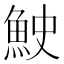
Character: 𫙓